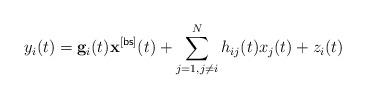
LaTeX: \begin{align*} y_i(t)=\mathbf{g}_i(t)\mathbf{x}^{[\sf bs]}(t)+\sum_{j=1,j\neq i}^{N}h_{ij}(t)x_j(t)+z_i(t)\end{align*}